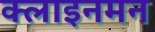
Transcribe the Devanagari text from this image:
क्लाइनमन